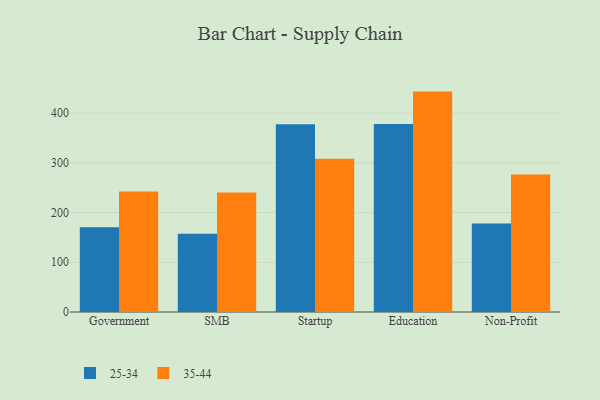
{"axis": {"x": "Segment", "y": "Net Income (USD K)"}, "legend": ["25-34", "35-44"], "data": [{"x": "Government", "y": 170.2, "type": "25-34"}, {"x": "Government", "y": 242.1, "type": "35-44"}, {"x": "SMB", "y": 157.5, "type": "25-34"}, {"x": "SMB", "y": 240.2, "type": "35-44"}, {"x": "Startup", "y": 377.6, "type": "25-34"}, {"x": "Startup", "y": 308.4, "type": "35-44"}, {"x": "Education", "y": 378.1, "type": "25-34"}, {"x": "Education", "y": 443.2, "type": "35-44"}, {"x": "Non-Profit", "y": 178.0, "type": "25-34"}, {"x": "Non-Profit", "y": 276.5, "type": "35-44"}]}